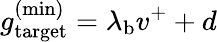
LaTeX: g_{\mathrm{target}}^{\mathrm{(min)}}=\lambda_{\mathrm{b}}v^{+}+d